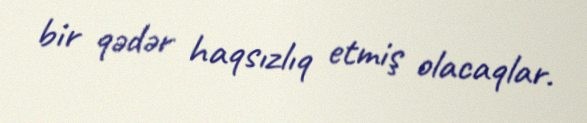
bir qədər haqsızlıq etmiş olacaqlar.